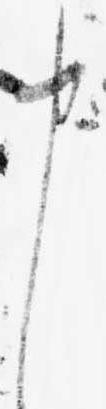
申